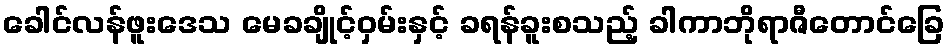
ခေါင်လန်ဖူးဒေသ မေခချိုင့်ဝှမ်းနှင့် ခရန်ခူးစသည့် ခါကာဘိုရာဇီတောင်ခြေ